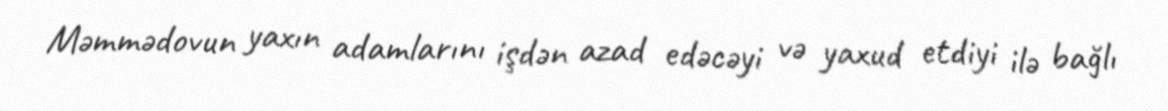
Məmmədovun yaxın adamlarını işdən azad edəcəyi və yaxud etdiyi ilə bağlı